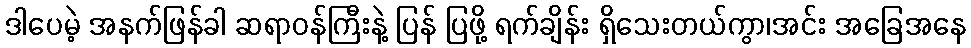
ဒါပေမဲ့ အနက်ဖြန်ခါ ဆရာဝန်ကြီးနဲ့ ပြန် ပြဖို့ ရက်ချိန်း ရှိသေးတယ်ကွာ၊အင်း အခြေအနေ